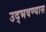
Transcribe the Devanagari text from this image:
उद्भवण्यास